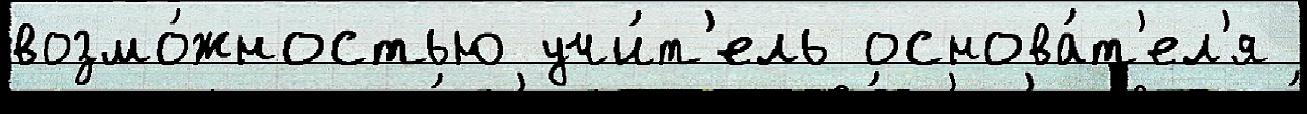
возмо́жностью учи́т'ель основа́т'ел'я